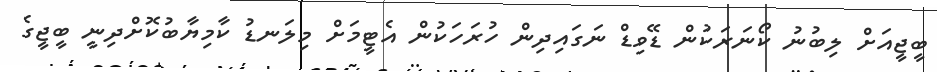
ބީޖީއަށް ލިބުނު ކޯނަރަކުން ޑޭވިޑް ނަގައިދިން ހުރަހަކުން އެޓީމަށް މިލަނޑު ކާމިޔާބުކޮށްދިނީ ބީޖީގެ